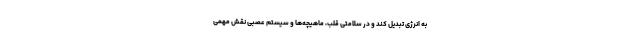
به انرژی تبدیل کند و در سلامتی قلب، ماهیچه‌ها و سیستم عصبی نقش مهمی